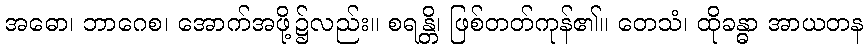
အဓော၊ ဘာဂေစ၊ အောက်အဖို့၌လည်း။ စရန္တိ၊ ဖြစ်တတ်ကုန်၏။ တေသံ၊ ထိုခန္ဓာ အာယတန